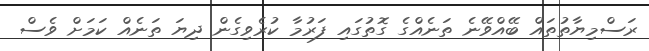
ރަސްމިޔާތުތައް ބޭއްވޭނެ ތަނެއްގެ ގޮތުގައި ފަރުމާ ކުރެވިގެން ދިޔަ ތަނެއް ކަމަށް ވެސް